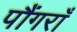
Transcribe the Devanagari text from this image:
पौंगराँ